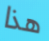
هذا